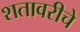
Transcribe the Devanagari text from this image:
शतावरीचे